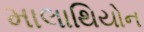
માલાથિયોન